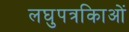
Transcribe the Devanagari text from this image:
लघुपत्रकिाओं